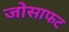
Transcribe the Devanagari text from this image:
जोसाफट